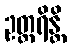
ဥတ္တရိန္တိ